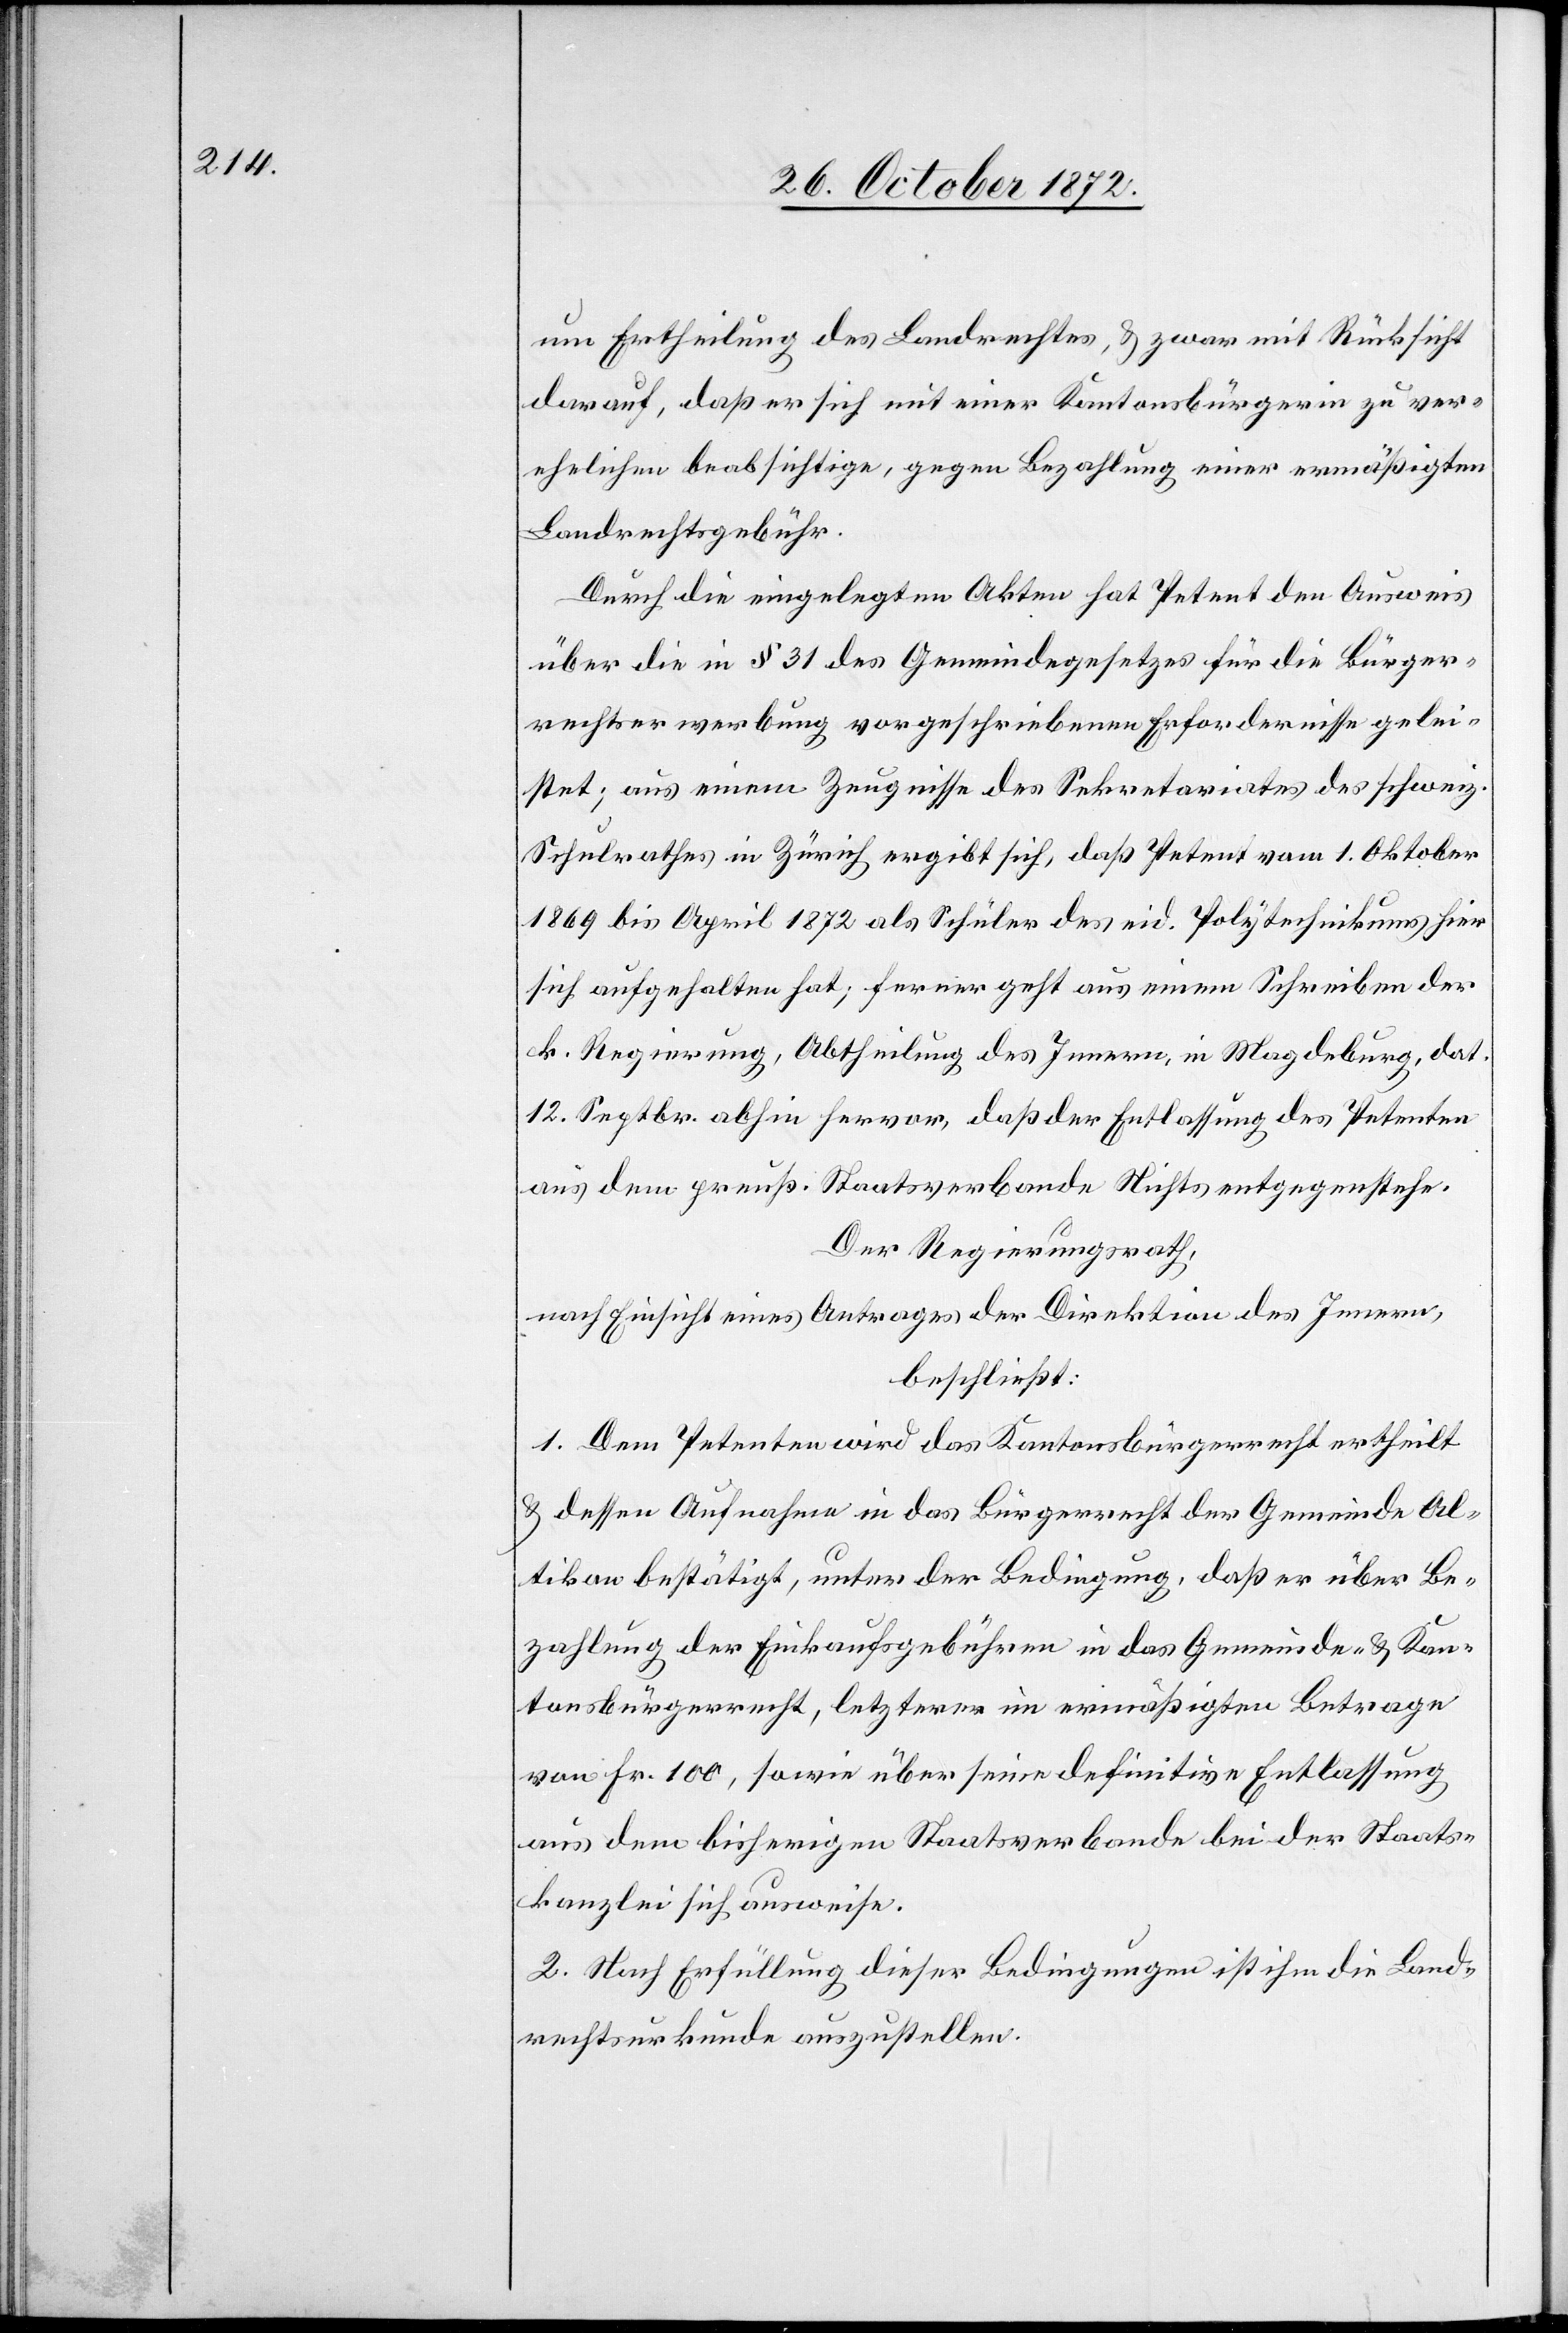
um Ertheilung des Landrechtes, u. zwar mit Rücksicht
darauf, daß er sich mit einer Kantonsbürgerin zu ver¬
ehelichen beabsichtige, gegen Bezahlung einer ermäßigten
Landrechtsgebühr.
Durch die eingelegten Akten hat Petent den Ausweis
über die in § 31 des Gemeindegesetzes für die Bürger¬
rechtserwerbung vorgeschriebenen Erfordernisse gelei¬
stet; aus einem Zeugnisse des Sekretariates des schweiz.
Schulrathes in Zürich ergibt sich, daß Petent vom 1. Oktober
1869 bis April 1872 als Schüler des eid. Polytechnikums hier
sich aufgehalten hat; ferner geht aus einem Schreiben der
k. Regierung, Abtheilung des Innern, in Magdeburg, dat.
12. Septbr. abhin hervor, daß der Entlassung des Petenten
aus dem preuß. Staatsverbande Nichts entgegenstehe.
Der Regierungsrath,
nach Einsicht eines Antrages der Direktion des Innern,
beschließt:
1. Dem Petenten wird das Kantonsbürgerrecht ertheilt
u. dessen Aufnahme in das Bürgerrecht der Gemeinde Al¬
tikon bestätigt, unter der Bedingung, daß er über Be¬
zahlung der Einkaufsgebühren in das Gemeinde- u. Kan¬
tonsbürgerrecht, letzterer im ermäßigten Betrage
von Fr. 100, sowie über seine definitive Entlassung
aus dem bisherigen Staatsverbande bei der Staats¬
kanzlei sich ausweise.
2. Nach Erfüllung dieser Bedingungen ist ihm die Land¬
rechtsurkunde auszustellen.